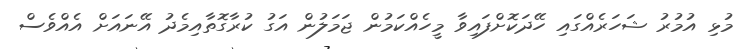
މުޅި އުމުރު ޝަހަރެއްގައި ހޭދަކޮށްފައިވާ މީހެއްކަމުން ޖަމަލުން އަގު ކުރާގޮތާއިމެދު އޭނައަށް އެއްވެސް